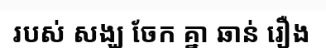
របស់ សង្ឃ ចែក គ្នា ឆាន់ រឿង